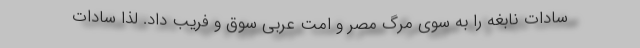
سادات نابغه را به سوی مرگ مصر و امت عربی سوق و فریب داد. لذا سادات